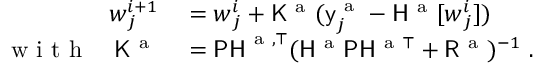
\begin{array} { r l } { \boldsymbol { w } _ { j } ^ { i + 1 } } & { { } = \boldsymbol { w } _ { j } ^ { i } + \mathsf { K } ^ { \mathrm { ~ a ~ } } ( \mathsf { y } _ { j } ^ { \mathrm { ~ a ~ } } - \mathsf { H } ^ { \mathrm { ~ a ~ } } [ \boldsymbol { w } _ { j } ^ { i } ] ) } \\ { \mathrm { ~ w ~ i ~ t ~ h ~ } \quad \mathsf { K } ^ { \mathrm { ~ a ~ } } } & { { } = \mathsf { P H } ^ { \mathrm { ~ a ~ } , \top } ( \mathsf { H } ^ { \mathrm { ~ a ~ } } \mathsf { P } \mathsf { H } ^ { \mathrm { ~ a ~ } \top } + \mathsf { R } ^ { \mathrm { ~ a ~ } } ) ^ { - 1 } \mathrm { ~ . ~ } } \end{array}